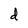
Character: d